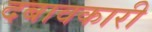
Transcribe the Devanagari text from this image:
दबावकारी